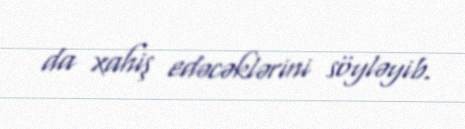
da xahiş edəcəklərini söyləyib.